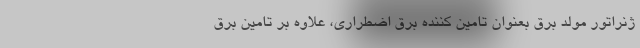
ژنراتور مولد برق بعنوان تامین کننده برق اضطراری، علاوه بر تامین برق